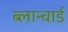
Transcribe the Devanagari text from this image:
ब्लान्चार्ड